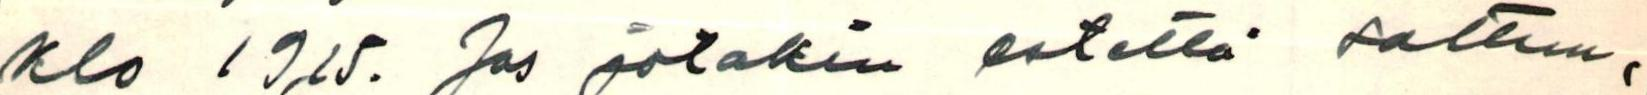
klo 19,15. Jos jotakin estettä sattuu,